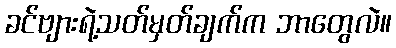
ခင်ဗျားရဲ့သတ်မှတ်ချက်က ဘာတွေလဲ။